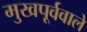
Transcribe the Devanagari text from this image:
मुखपूर्ववाले